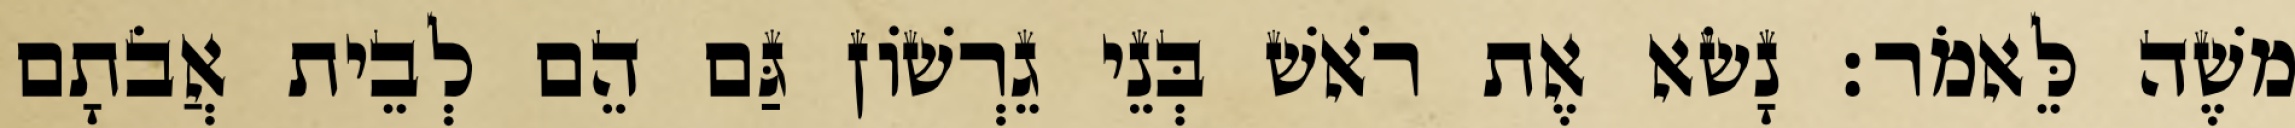
משֶׁה לֵּאמֹר׃ נָשׂא אֶת רֹאשׁ בְּנֵי גֵרְשׁוֹן גַּם הֵם לְבֵית אֲבֹתָם